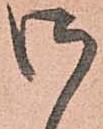
御